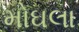
મોઘલા